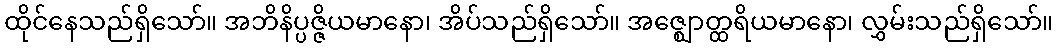
ထိုင်နေသည်ရှိသော်။ အဘိနိပ္ပဇ္ဇိယမာနော၊ အိပ်သည်ရှိသော်။ အဇ္ဈောတ္ထရိယမာနော၊ လွှမ်းသည်ရှိသော်။